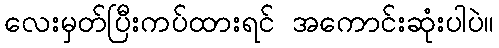
လေးမှတ်ပြီးကပ်ထားရင် အကောင်းဆုံးပါပဲ။